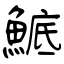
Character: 鯳